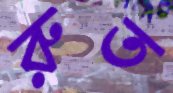
রুত